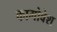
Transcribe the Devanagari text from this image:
कामोवेश